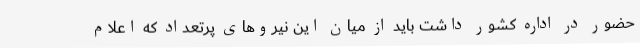
حضور در اداره کشور داشت باید از میان این نیروهای پرتعداد که اعلام